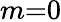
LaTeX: m{=}0